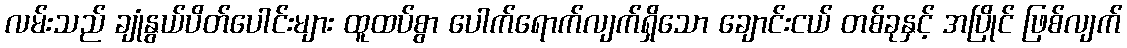
လမ်းသည် ချုံနွယ်ပိတ်ပေါင်းများ ထူထပ်စွာ ပေါက်ရောက်လျက်ရှိသော ချောင်းငယ် တစ်ခုနှင့် အပြိုင် ဖြစ်လျက်